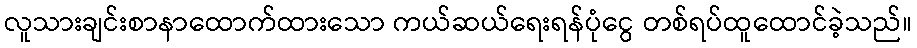
လူသားချင်းစာနာထောက်ထားသော ကယ်ဆယ်ရေးရန်ပုံငွေ တစ်ရပ်ထူထောင်ခဲ့သည်။